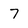
Character: 7